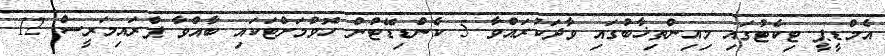
އެމްޑީޕީ ޓިކެޓުގައި މިއިންތިޚާބުގައި ވާދަކުރައްވާ 5 ކެންޑިޑޭޓުން ހޮވުމަށްޓަކައި ބާއްވާ ޕްރައިމަރީސް 12